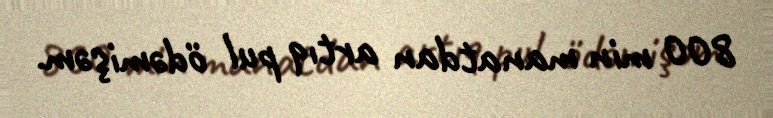
800 min manatdan artıq pul ödəmişəm.